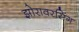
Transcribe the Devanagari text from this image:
झोरावरसिंग